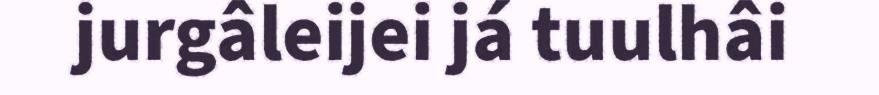
jurgâleijei já tuulhâi